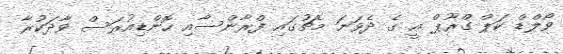
ވޯލްޑް ކަޕް ގްރޫޕް އީ ގެ ދެވަނަ މެޗުގައި ފްރާންސާއި ހޮންޑިއުރަސް ވާދަކުރާ